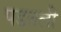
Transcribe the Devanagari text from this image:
पडतली